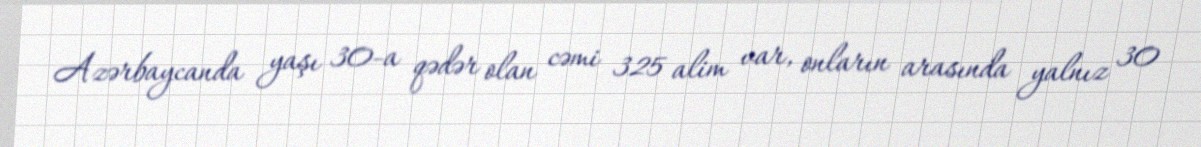
Azərbaycanda yaşı 30-a qədər olan cəmi 325 alim var, onların arasında yalnız 30